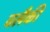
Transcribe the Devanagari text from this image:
बलैकी